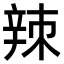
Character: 𫐛